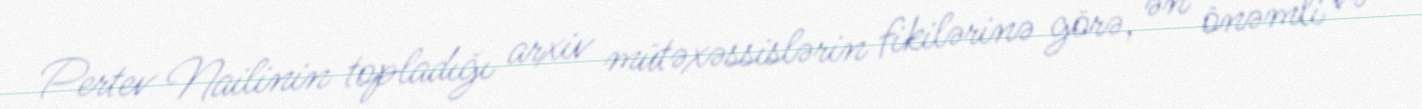
Pertev Nailinin topladığı arxiv mütəxəssislərin fikilərinə görə, ən önəmli və